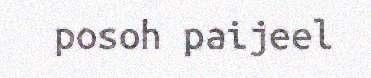
posoh paijeel